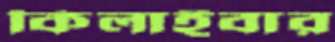
কিলাইবার